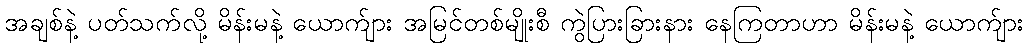
အချစ်နဲ့ ပတ်သက်လို့ မိန်းမနဲ့ ယောက်ျား အမြင်တစ်မျိုးစီ ကွဲပြားခြားနား နေကြတာဟာ မိန်းမနဲ့ ယောက်ျား